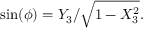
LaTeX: \sin ( \phi ) = Y _ { 3 } / { \sqrt { 1 - X _ { 3 } ^ { 2 } } } .